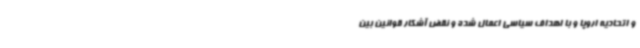
و اتحادیه اروپا و با اهداف سیاسی اعمال شده و نقض آشکار قوانین بین